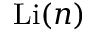
\operatorname { L i } ( n )